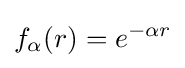
f_{\alpha }(r)=e^{-\alpha {r}}